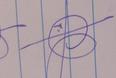
Signature authenticity: genuine